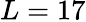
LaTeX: L=17